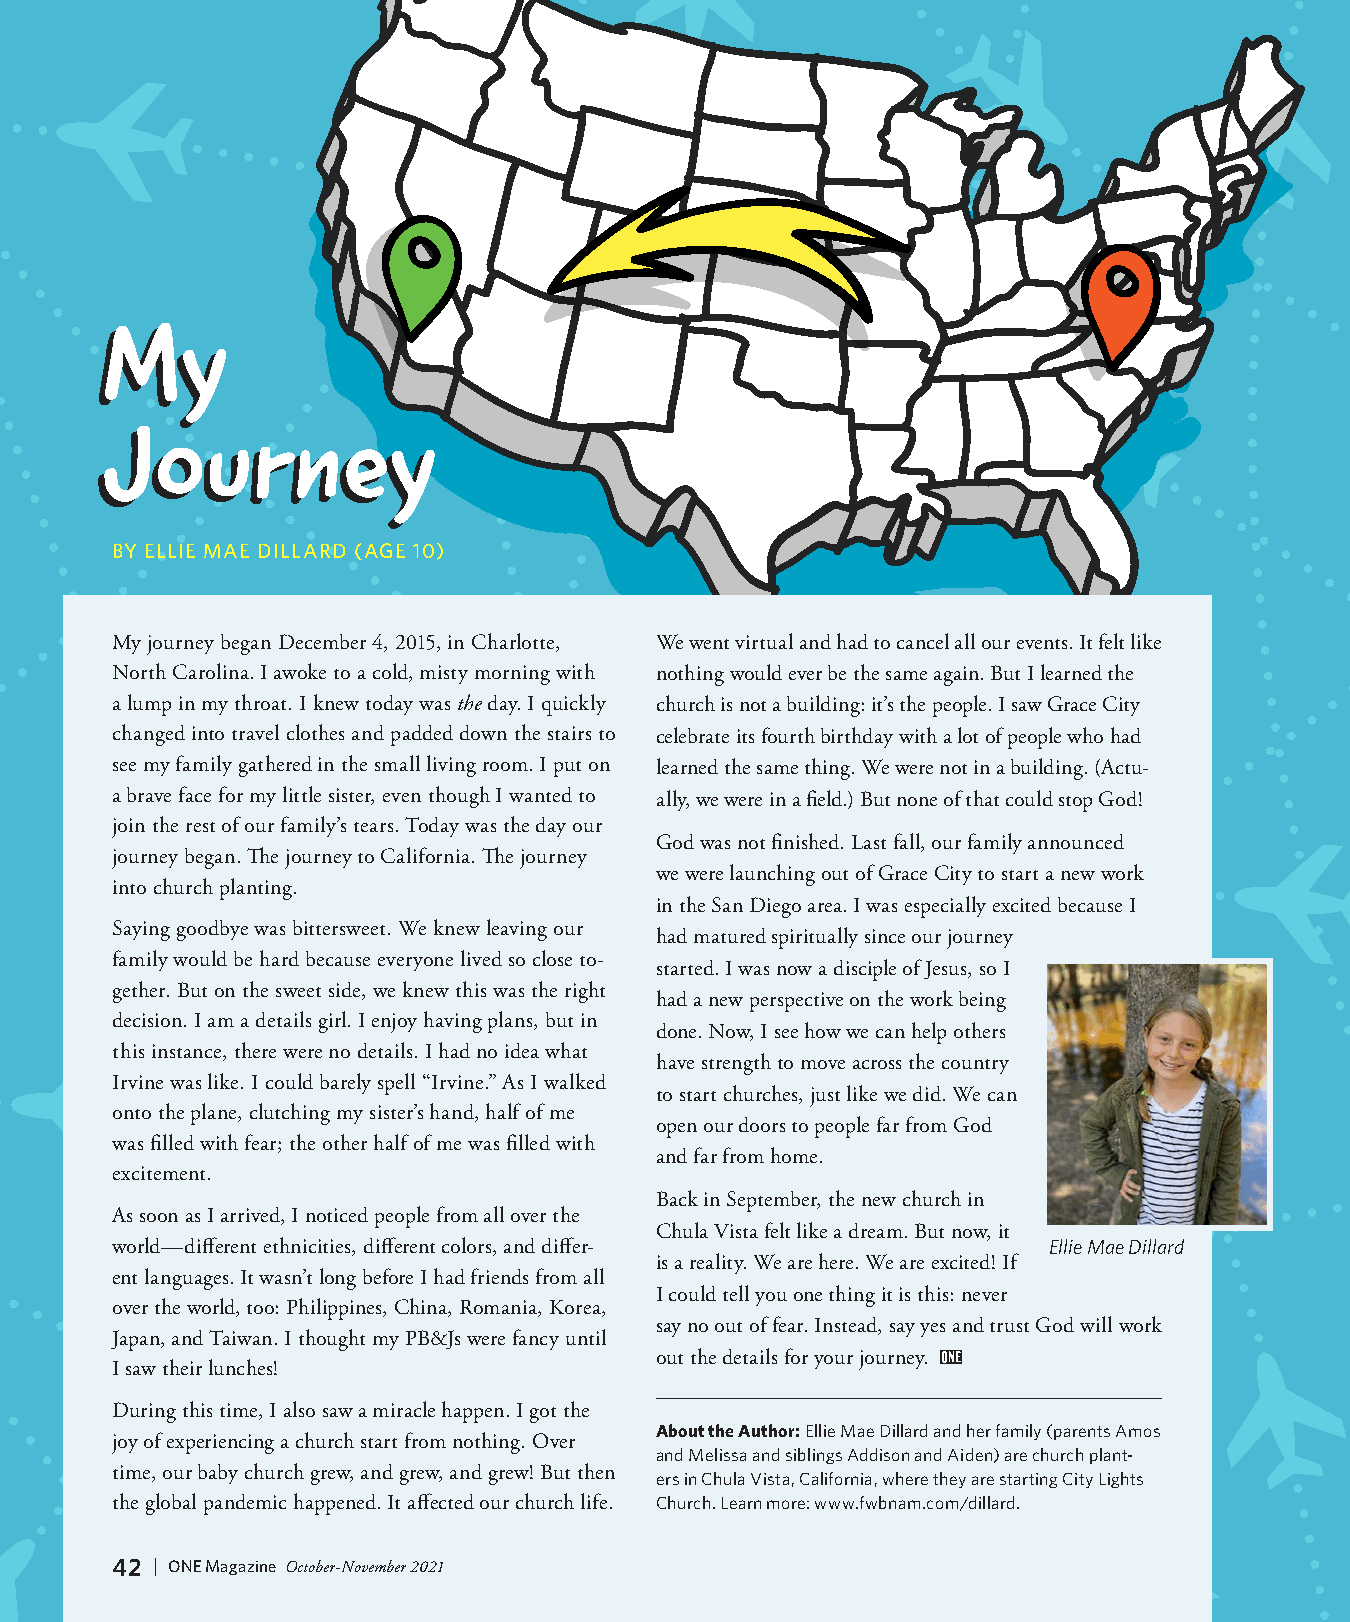
MMyy
 JJoouurrnneeyy
 BY ELLIE MAE DILLARD (AGE 10)
 My journey began December 4, 2015, in Charlotte, We went virtual and had to cancel all our events. It felt like
 North Carolina. I awoke to a cold, misty morning with nothing would ever be the same again. But I learned the
 a lump in my throat. I knew today was the day. I quickly church is not a building: it’s the people. I saw Grace City
 changed into travel clothes and padded down the stairs to celebrate its fourth birthday with a lot of people who had
 see my family gathered in the small living room. I put on learned the same thing. We were not in a building. (Actu-
 a brave face for my little sister, even though I wanted to ally, we were in a field.) But none of that could stop God!
 join the rest of our family’s tears. Today was the day our
 God was not finished. Last fall, our family announced
 journey began. The journey to California. The journey
 we were launching out of Grace City to start a new work
 into church planting.
 in the San Diego area. I was especially excited because I
 Saying goodbye was bittersweet. We knew leaving our
 had matured spiritually since our journey
 family would be hard because everyone lived so close to-
 started. I was now a disciple of Jesus, so I
 gether. But on the sweet side, we knew this was the right
 had a new perspective on the work being
 decision. I am a details girl. I enjoy having plans, but in
 done. Now, I see how we can help others
 this instance, there were no details. I had no idea what
 have strength to move across the country
 Irvine was like. I could barely spell “Irvine.” As I walked
 to start churches, just like we did. We can
 onto the plane, clutching my sister’s hand, half of me
 open our doors to people far from God
 was filled with fear; the other half of me was filled with
 and far from home.
 excitement.
 Back in September, the new church in
 As soon as I arrived, I noticed people from all over the
 Chula Vista felt like a dream. But now, it
 world—different ethnicities, different colors, and differ-    Ellie Mae Dillard
 is a reality. We are here. We are excited! If
 ent languages. It wasn’t long before I had friends from all
 I could tell you one thing it is this: never
 over the world, too: Philippines, China, Romania, Korea,
 say no out of fear. Instead, say yes and trust God will work
 Japan, and Taiwan. I thought my PB&Js were fancy until
 out the details for your journey.
 I saw their lunches!
 During this time, I also saw a miracle happen. I got the
 About the Author: Ellie Mae Dillard and her family (parents Amos
 joy of experiencing a church start from nothing. Over
 and Melissa and siblings Addison and Aiden) are church plant-
 time, our baby church grew, and grew, and grew! But then
 ers in Chula Vista, California, where they are starting City Lights
 the global pandemic happened. It affected our church life. Church. Learn more: www.fwbnam.com/dillard.
 42 | ONE Magazine October-November 2021